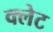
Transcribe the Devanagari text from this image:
क्लेट